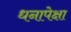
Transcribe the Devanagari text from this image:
धनापेक्षा